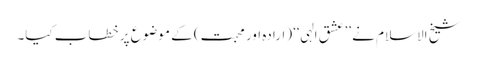
شیخ الاسلام نے ’’عشق الہی‘‘ (ارادہ اور محبت) کے موضوع پر خطاب کیا۔